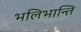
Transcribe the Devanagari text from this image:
भलिभान्ति